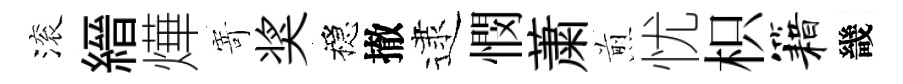
滚縉燁𭔃奖穩撤逮憫䔥煎忧枳籍畿